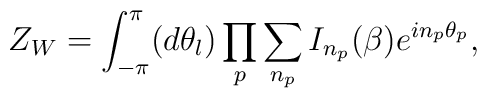
Z_W = \int_{-\pi}^{\pi} (d\theta_l )  \prod_p \sum_{n_p} I_{n_p}(\beta )e^{in_p {\theta}_p},